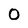
Character: 0